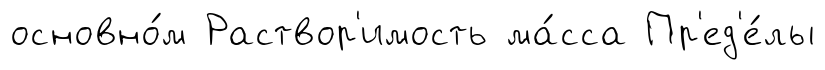
основно́м Раствор'имость ма́сса Пр'ед'е́лы